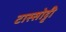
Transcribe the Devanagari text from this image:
टास्सोट्टी